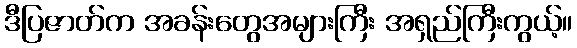
ဒီပြဇာတ်က အခန်းတွေအများကြီး အရှည်ကြီးကွယ့်။